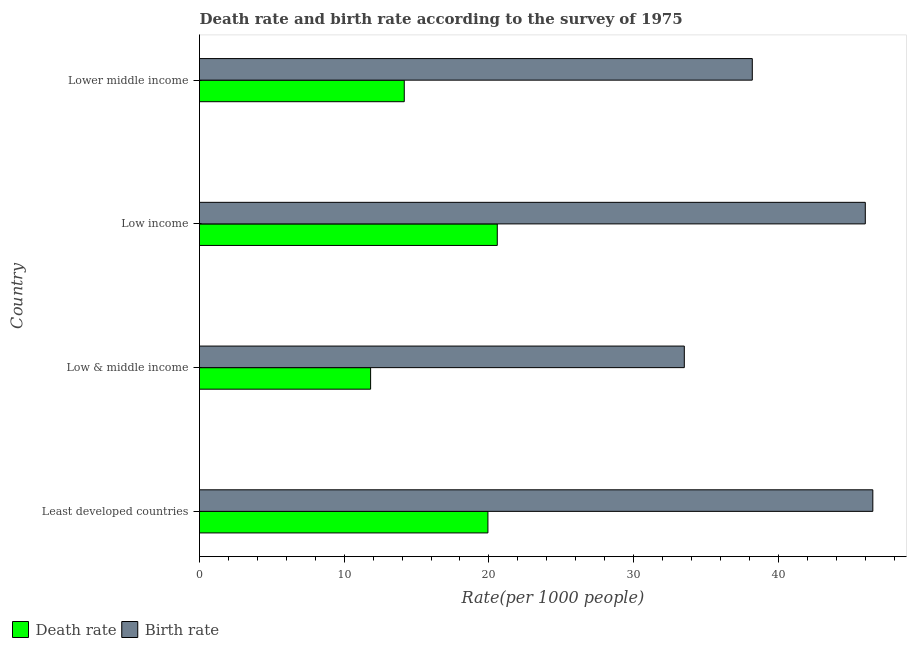
| Country | Death rate | Birth rate |
 | --- | --- | --- |
 | Least developed countries | 19.9 | 46.5 |
 | Low & middle income | 11.8 | 33.5 |
 | Low income | 20.6 | 46 |
 | Lower middle income | 14.2 | 38.2 |